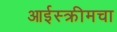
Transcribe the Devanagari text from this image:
आईस्क्रीमचा